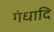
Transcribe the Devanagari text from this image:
गंधादि